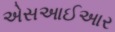
એસઆઈઆર